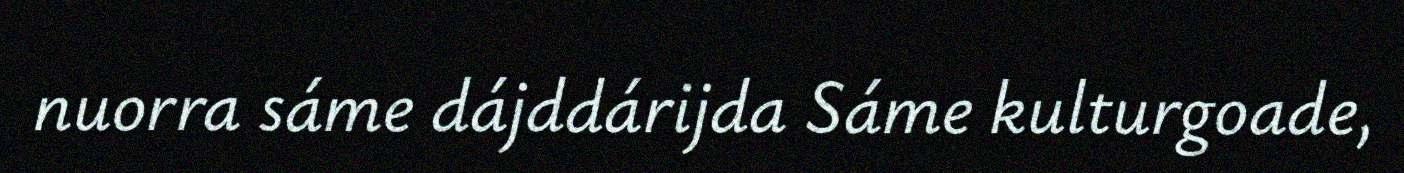
nuorra sáme dájddárijda Sáme kulturgoade,